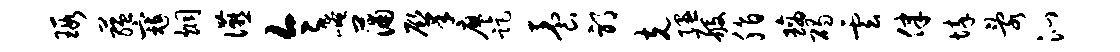
瑕蕴寇炯宴令崦蒲肇廖距养邪克隰般脂璃碣云律悴乱沁